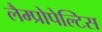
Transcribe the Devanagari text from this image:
लैम्प्रोपेल्टिस